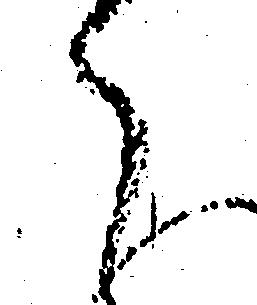
ら